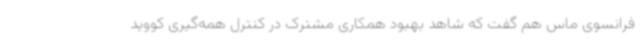
فرانسوی ماس هم گفت که شاهد بهبود همکاری مشترک در کنترل همه‌گیری کووید